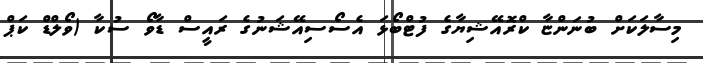
މިސާލަކަށް ބުނަންޏާ ކްރޮއޭޝިޔާގެ ފުޓްބޯޅަ އެސޯސިއޭޝަނުގެ ރައީސް ޑާވޯ ސުކާ (ވޯލްޑް ކަޕް